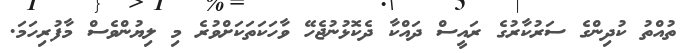
ތުއްތު ކުދިންގެ ސަރުކާރުގެ ރައީސް ދައްކާ ދެކޮޅުނުޖެހޭ ވާހަކަތަކަށްވުރެ މި ލިޔުންވެސް މާފުރިހަމަ.